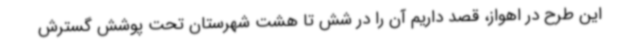
این طرح در اهواز، قصد داریم آن را در شش تا هشت شهرستان تحت پوشش گسترش